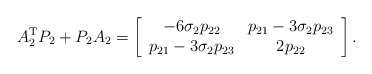
\begin{align*}A_{2}^{\mathrm{T}}P_{2}+P_{2}A_{2}=\left[\begin{array}[c]{cc}-6\sigma_{2}p_{22} & p_{21}-3\sigma_{2}p_{23}\\p_{21}-3\sigma_{2}p_{23} & 2p_{22}\end{array}\right] .\end{align*}